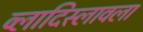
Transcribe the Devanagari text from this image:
व्लादिस्लावला